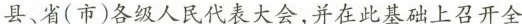
县、省(市)各级人民代表大会，并在此基础上召开全